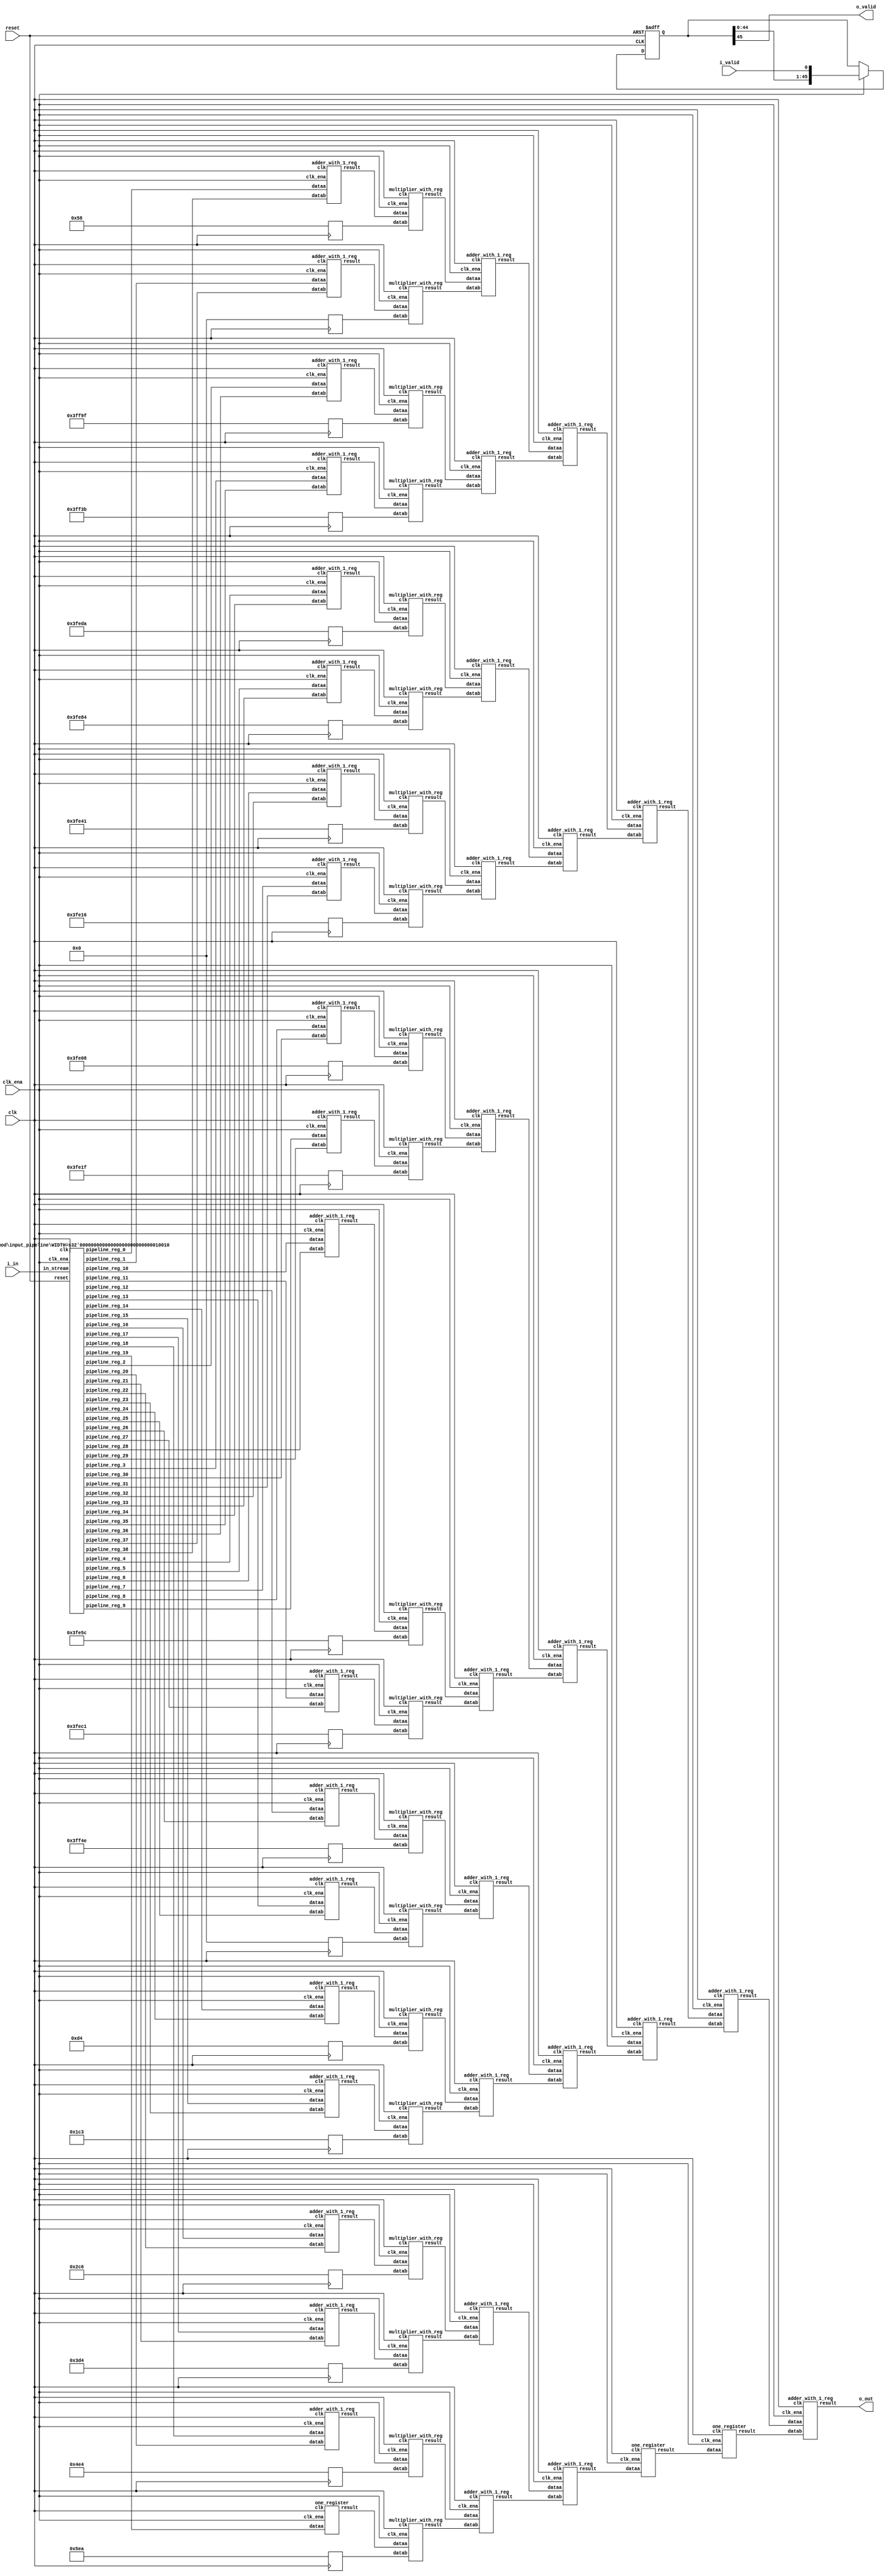
// CONFIG:
// NUM_COEFF = 39
// PIPLINED = 1

// WARNING: more than enough COEFFICIENTS in array (there are 26, and we only need 20)
module fir (
	clk,
	reset,
	clk_ena,
	i_valid,
	i_in,
	o_valid,
	o_out
);
	// Data Width
	parameter dw = 18; //Data input/output bits

	// Number of filter coefficients
	parameter N = 39;
	parameter N_UNIQ = 20; // ciel(N/2) assuming symmetric filter coefficients

	//Number of extra valid cycles needed to align output (i.e. computation pipeline depth + input/output registers
	localparam N_VALID_REGS = 46;

	input clk;
	input reset;
	input clk_ena;
	input i_valid;
	input [dw-1:0] i_in; // signed
	output o_valid;
	output [dw-1:0] o_out; // signed

	// Data Width dervied parameters
	localparam dw_add_int = 18; //Internal adder precision bits
	localparam dw_mult_int = 36; //Internal multiplier precision bits
	localparam scale_factor = 17; //Multiplier normalization shift amount

	// Number of extra registers in INPUT_PIPELINE_REG to prevent contention for CHAIN_END's chain adders
	localparam N_INPUT_REGS = 39;

	// Debug
	// initial begin
	// 	$display ("Data Width: %d", dw);
	// 	$display ("Data Width Add Internal: %d", dw_add_int);
	// 	$display ("Data Width Mult Internal: %d", dw_mult_int);
	// 	$display ("Scale Factor: %d", scale_factor);
	// end

	reg [dw-1:0] COEFFICIENT_0;
	reg [dw-1:0] COEFFICIENT_1;
	reg [dw-1:0] COEFFICIENT_2;
	reg [dw-1:0] COEFFICIENT_3;
	reg [dw-1:0] COEFFICIENT_4;
	reg [dw-1:0] COEFFICIENT_5;
	reg [dw-1:0] COEFFICIENT_6;
	reg [dw-1:0] COEFFICIENT_7;
	reg [dw-1:0] COEFFICIENT_8;
	reg [dw-1:0] COEFFICIENT_9;
	reg [dw-1:0] COEFFICIENT_10;
	reg [dw-1:0] COEFFICIENT_11;
	reg [dw-1:0] COEFFICIENT_12;
	reg [dw-1:0] COEFFICIENT_13;
	reg [dw-1:0] COEFFICIENT_14;
	reg [dw-1:0] COEFFICIENT_15;
	reg [dw-1:0] COEFFICIENT_16;
	reg [dw-1:0] COEFFICIENT_17;
	reg [dw-1:0] COEFFICIENT_18;
	reg [dw-1:0] COEFFICIENT_19;

	always@(posedge clk) begin
		COEFFICIENT_0 <= 18'd88;
		COEFFICIENT_1 <= 18'd0;
		COEFFICIENT_2 <= -18'd97;
		COEFFICIENT_3 <= -18'd197;
		COEFFICIENT_4 <= -18'd294;
		COEFFICIENT_5 <= -18'd380;
		COEFFICIENT_6 <= -18'd447;
		COEFFICIENT_7 <= -18'd490;
		COEFFICIENT_8 <= -18'd504;
		COEFFICIENT_9 <= -18'd481;
		COEFFICIENT_10 <= -18'd420;
		COEFFICIENT_11 <= -18'd319;
		COEFFICIENT_12 <= -18'd178;
		COEFFICIENT_13 <= 18'd0;
		COEFFICIENT_14 <= 18'd212;
		COEFFICIENT_15 <= 18'd451;
		COEFFICIENT_16 <= 18'd710;
		COEFFICIENT_17 <= 18'd980;
		COEFFICIENT_18 <= 18'd1252;
		COEFFICIENT_19 <= 18'd1514;
	end

	////******************************************************
	// *
	// * Valid Delay Pipeline
	// *
	// *****************************************************
	//Input valid signal is pipelined to become output valid signal

	//Valid registers
	reg [N_VALID_REGS-1:0] VALID_PIPELINE_REGS;

	always@(posedge clk or posedge reset) begin
		if(reset) begin
			VALID_PIPELINE_REGS <= 0;
		end else begin
			if(clk_ena) begin
				VALID_PIPELINE_REGS <= {VALID_PIPELINE_REGS[N_VALID_REGS-2:0], i_valid};
			end else begin
				VALID_PIPELINE_REGS <= VALID_PIPELINE_REGS;
			end
		end
	end

	////******************************************************
	// *
	// * Input Register Pipeline
	// *
	// *****************************************************
	//Pipelined input values

	//Input value registers

	wire [dw-1:0] INPUT_PIPELINE_REG_0;
	wire [dw-1:0] INPUT_PIPELINE_REG_1;
	wire [dw-1:0] INPUT_PIPELINE_REG_2;
	wire [dw-1:0] INPUT_PIPELINE_REG_3;
	wire [dw-1:0] INPUT_PIPELINE_REG_4;
	wire [dw-1:0] INPUT_PIPELINE_REG_5;
	wire [dw-1:0] INPUT_PIPELINE_REG_6;
	wire [dw-1:0] INPUT_PIPELINE_REG_7;
	wire [dw-1:0] INPUT_PIPELINE_REG_8;
	wire [dw-1:0] INPUT_PIPELINE_REG_9;
	wire [dw-1:0] INPUT_PIPELINE_REG_10;
	wire [dw-1:0] INPUT_PIPELINE_REG_11;
	wire [dw-1:0] INPUT_PIPELINE_REG_12;
	wire [dw-1:0] INPUT_PIPELINE_REG_13;
	wire [dw-1:0] INPUT_PIPELINE_REG_14;
	wire [dw-1:0] INPUT_PIPELINE_REG_15;
	wire [dw-1:0] INPUT_PIPELINE_REG_16;
	wire [dw-1:0] INPUT_PIPELINE_REG_17;
	wire [dw-1:0] INPUT_PIPELINE_REG_18;
	wire [dw-1:0] INPUT_PIPELINE_REG_19;
	wire [dw-1:0] INPUT_PIPELINE_REG_20;
	wire [dw-1:0] INPUT_PIPELINE_REG_21;
	wire [dw-1:0] INPUT_PIPELINE_REG_22;
	wire [dw-1:0] INPUT_PIPELINE_REG_23;
	wire [dw-1:0] INPUT_PIPELINE_REG_24;
	wire [dw-1:0] INPUT_PIPELINE_REG_25;
	wire [dw-1:0] INPUT_PIPELINE_REG_26;
	wire [dw-1:0] INPUT_PIPELINE_REG_27;
	wire [dw-1:0] INPUT_PIPELINE_REG_28;
	wire [dw-1:0] INPUT_PIPELINE_REG_29;
	wire [dw-1:0] INPUT_PIPELINE_REG_30;
	wire [dw-1:0] INPUT_PIPELINE_REG_31;
	wire [dw-1:0] INPUT_PIPELINE_REG_32;
	wire [dw-1:0] INPUT_PIPELINE_REG_33;
	wire [dw-1:0] INPUT_PIPELINE_REG_34;
	wire [dw-1:0] INPUT_PIPELINE_REG_35;
	wire [dw-1:0] INPUT_PIPELINE_REG_36;
	wire [dw-1:0] INPUT_PIPELINE_REG_37;
	wire [dw-1:0] INPUT_PIPELINE_REG_38;

	input_pipeline in_pipe(
		.clk(clk), .clk_ena(clk_ena),
		.in_stream(i_in),
		.pipeline_reg_0(INPUT_PIPELINE_REG_0),
		.pipeline_reg_1(INPUT_PIPELINE_REG_1),
		.pipeline_reg_2(INPUT_PIPELINE_REG_2),
		.pipeline_reg_3(INPUT_PIPELINE_REG_3),
		.pipeline_reg_4(INPUT_PIPELINE_REG_4),
		.pipeline_reg_5(INPUT_PIPELINE_REG_5),
		.pipeline_reg_6(INPUT_PIPELINE_REG_6),
		.pipeline_reg_7(INPUT_PIPELINE_REG_7),
		.pipeline_reg_8(INPUT_PIPELINE_REG_8),
		.pipeline_reg_9(INPUT_PIPELINE_REG_9),
		.pipeline_reg_10(INPUT_PIPELINE_REG_10),
		.pipeline_reg_11(INPUT_PIPELINE_REG_11),
		.pipeline_reg_12(INPUT_PIPELINE_REG_12),
		.pipeline_reg_13(INPUT_PIPELINE_REG_13),
		.pipeline_reg_14(INPUT_PIPELINE_REG_14),
		.pipeline_reg_15(INPUT_PIPELINE_REG_15),
		.pipeline_reg_16(INPUT_PIPELINE_REG_16),
		.pipeline_reg_17(INPUT_PIPELINE_REG_17),
		.pipeline_reg_18(INPUT_PIPELINE_REG_18),
		.pipeline_reg_19(INPUT_PIPELINE_REG_19),
		.pipeline_reg_20(INPUT_PIPELINE_REG_20),
		.pipeline_reg_21(INPUT_PIPELINE_REG_21),
		.pipeline_reg_22(INPUT_PIPELINE_REG_22),
		.pipeline_reg_23(INPUT_PIPELINE_REG_23),
		.pipeline_reg_24(INPUT_PIPELINE_REG_24),
		.pipeline_reg_25(INPUT_PIPELINE_REG_25),
		.pipeline_reg_26(INPUT_PIPELINE_REG_26),
		.pipeline_reg_27(INPUT_PIPELINE_REG_27),
		.pipeline_reg_28(INPUT_PIPELINE_REG_28),
		.pipeline_reg_29(INPUT_PIPELINE_REG_29),
		.pipeline_reg_30(INPUT_PIPELINE_REG_30),
		.pipeline_reg_31(INPUT_PIPELINE_REG_31),
		.pipeline_reg_32(INPUT_PIPELINE_REG_32),
		.pipeline_reg_33(INPUT_PIPELINE_REG_33),
		.pipeline_reg_34(INPUT_PIPELINE_REG_34),
		.pipeline_reg_35(INPUT_PIPELINE_REG_35),
		.pipeline_reg_36(INPUT_PIPELINE_REG_36),
		.pipeline_reg_37(INPUT_PIPELINE_REG_37),
		.pipeline_reg_38(INPUT_PIPELINE_REG_38),
		.reset(reset)	);
	defparam in_pipe.WIDTH = 18; // = dw
	////******************************************************
	// *
	// * Computation Pipeline
	// *
	// *****************************************************

	// ************************* LEVEL 0 *************************   
	wire [dw-1:0] L0_output_wires_0;
	wire [dw-1:0] L0_output_wires_1;
	wire [dw-1:0] L0_output_wires_2;
	wire [dw-1:0] L0_output_wires_3;
	wire [dw-1:0] L0_output_wires_4;
	wire [dw-1:0] L0_output_wires_5;
	wire [dw-1:0] L0_output_wires_6;
	wire [dw-1:0] L0_output_wires_7;
	wire [dw-1:0] L0_output_wires_8;
	wire [dw-1:0] L0_output_wires_9;
	wire [dw-1:0] L0_output_wires_10;
	wire [dw-1:0] L0_output_wires_11;
	wire [dw-1:0] L0_output_wires_12;
	wire [dw-1:0] L0_output_wires_13;
	wire [dw-1:0] L0_output_wires_14;
	wire [dw-1:0] L0_output_wires_15;
	wire [dw-1:0] L0_output_wires_16;
	wire [dw-1:0] L0_output_wires_17;
	wire [dw-1:0] L0_output_wires_18;
	wire [dw-1:0] L0_output_wires_19;

	adder_with_1_reg L0_adder_0and38(
		.clk(clk), .clk_ena(clk_ena),
		.dataa (INPUT_PIPELINE_REG_0),
		.datab (INPUT_PIPELINE_REG_38),
		.result(L0_output_wires_0)
	);

	adder_with_1_reg L0_adder_1and37(
		.clk(clk), .clk_ena(clk_ena),
		.dataa (INPUT_PIPELINE_REG_1),
		.datab (INPUT_PIPELINE_REG_37),
		.result(L0_output_wires_1)
	);

	adder_with_1_reg L0_adder_2and36(
		.clk(clk), .clk_ena(clk_ena),
		.dataa (INPUT_PIPELINE_REG_2),
		.datab (INPUT_PIPELINE_REG_36),
		.result(L0_output_wires_2)
	);

	adder_with_1_reg L0_adder_3and35(
		.clk(clk), .clk_ena(clk_ena),
		.dataa (INPUT_PIPELINE_REG_3),
		.datab (INPUT_PIPELINE_REG_35),
		.result(L0_output_wires_3)
	);

	adder_with_1_reg L0_adder_4and34(
		.clk(clk), .clk_ena(clk_ena),
		.dataa (INPUT_PIPELINE_REG_4),
		.datab (INPUT_PIPELINE_REG_34),
		.result(L0_output_wires_4)
	);

	adder_with_1_reg L0_adder_5and33(
		.clk(clk), .clk_ena(clk_ena),
		.dataa (INPUT_PIPELINE_REG_5),
		.datab (INPUT_PIPELINE_REG_33),
		.result(L0_output_wires_5)
	);

	adder_with_1_reg L0_adder_6and32(
		.clk(clk), .clk_ena(clk_ena),
		.dataa (INPUT_PIPELINE_REG_6),
		.datab (INPUT_PIPELINE_REG_32),
		.result(L0_output_wires_6)
	);

	adder_with_1_reg L0_adder_7and31(
		.clk(clk), .clk_ena(clk_ena),
		.dataa (INPUT_PIPELINE_REG_7),
		.datab (INPUT_PIPELINE_REG_31),
		.result(L0_output_wires_7)
	);

	adder_with_1_reg L0_adder_8and30(
		.clk(clk), .clk_ena(clk_ena),
		.dataa (INPUT_PIPELINE_REG_8),
		.datab (INPUT_PIPELINE_REG_30),
		.result(L0_output_wires_8)
	);

	adder_with_1_reg L0_adder_9and29(
		.clk(clk), .clk_ena(clk_ena),
		.dataa (INPUT_PIPELINE_REG_9),
		.datab (INPUT_PIPELINE_REG_29),
		.result(L0_output_wires_9)
	);

	adder_with_1_reg L0_adder_10and28(
		.clk(clk), .clk_ena(clk_ena),
		.dataa (INPUT_PIPELINE_REG_10),
		.datab (INPUT_PIPELINE_REG_28),
		.result(L0_output_wires_10)
	);

	adder_with_1_reg L0_adder_11and27(
		.clk(clk), .clk_ena(clk_ena),
		.dataa (INPUT_PIPELINE_REG_11),
		.datab (INPUT_PIPELINE_REG_27),
		.result(L0_output_wires_11)
	);

	adder_with_1_reg L0_adder_12and26(
		.clk(clk), .clk_ena(clk_ena),
		.dataa (INPUT_PIPELINE_REG_12),
		.datab (INPUT_PIPELINE_REG_26),
		.result(L0_output_wires_12)
	);

	adder_with_1_reg L0_adder_13and25(
		.clk(clk), .clk_ena(clk_ena),
		.dataa (INPUT_PIPELINE_REG_13),
		.datab (INPUT_PIPELINE_REG_25),
		.result(L0_output_wires_13)
	);

	adder_with_1_reg L0_adder_14and24(
		.clk(clk), .clk_ena(clk_ena),
		.dataa (INPUT_PIPELINE_REG_14),
		.datab (INPUT_PIPELINE_REG_24),
		.result(L0_output_wires_14)
	);

	adder_with_1_reg L0_adder_15and23(
		.clk(clk), .clk_ena(clk_ena),
		.dataa (INPUT_PIPELINE_REG_15),
		.datab (INPUT_PIPELINE_REG_23),
		.result(L0_output_wires_15)
	);

	adder_with_1_reg L0_adder_16and22(
		.clk(clk), .clk_ena(clk_ena),
		.dataa (INPUT_PIPELINE_REG_16),
		.datab (INPUT_PIPELINE_REG_22),
		.result(L0_output_wires_16)
	);

	adder_with_1_reg L0_adder_17and21(
		.clk(clk), .clk_ena(clk_ena),
		.dataa (INPUT_PIPELINE_REG_17),
		.datab (INPUT_PIPELINE_REG_21),
		.result(L0_output_wires_17)
	);

	adder_with_1_reg L0_adder_18and20(
		.clk(clk), .clk_ena(clk_ena),
		.dataa (INPUT_PIPELINE_REG_18),
		.datab (INPUT_PIPELINE_REG_20),
		.result(L0_output_wires_18)
	);

	// (19 main tree Adders)

	// ********* Byes ********   
	one_register L0_byereg_for_19(
		.clk(clk), .clk_ena(clk_ena),
		.dataa (INPUT_PIPELINE_REG_19),
		.result(L0_output_wires_19)
	);

	// (1 byes)

	// ************************* LEVEL 1 *************************   
	// **************** Multipliers ****************   
	wire [dw-1:0] L1_mult_wires_0;
	wire [dw-1:0] L1_mult_wires_1;
	wire [dw-1:0] L1_mult_wires_2;
	wire [dw-1:0] L1_mult_wires_3;
	wire [dw-1:0] L1_mult_wires_4;
	wire [dw-1:0] L1_mult_wires_5;
	wire [dw-1:0] L1_mult_wires_6;
	wire [dw-1:0] L1_mult_wires_7;
	wire [dw-1:0] L1_mult_wires_8;
	wire [dw-1:0] L1_mult_wires_9;
	wire [dw-1:0] L1_mult_wires_10;
	wire [dw-1:0] L1_mult_wires_11;
	wire [dw-1:0] L1_mult_wires_12;
	wire [dw-1:0] L1_mult_wires_13;
	wire [dw-1:0] L1_mult_wires_14;
	wire [dw-1:0] L1_mult_wires_15;
	wire [dw-1:0] L1_mult_wires_16;
	wire [dw-1:0] L1_mult_wires_17;
	wire [dw-1:0] L1_mult_wires_18;
	wire [dw-1:0] L1_mult_wires_19;

	multiplier_with_reg L1_mul_0(
		.clk(clk), .clk_ena(clk_ena),
		.dataa (L0_output_wires_0),
		.datab (COEFFICIENT_0),
		.result(L1_mult_wires_0)
	);

	multiplier_with_reg L1_mul_1(
		.clk(clk), .clk_ena(clk_ena),
		.dataa (L0_output_wires_1),
		.datab (COEFFICIENT_1),
		.result(L1_mult_wires_1)
	);

	multiplier_with_reg L1_mul_2(
		.clk(clk), .clk_ena(clk_ena),
		.dataa (L0_output_wires_2),
		.datab (COEFFICIENT_2),
		.result(L1_mult_wires_2)
	);

	multiplier_with_reg L1_mul_3(
		.clk(clk), .clk_ena(clk_ena),
		.dataa (L0_output_wires_3),
		.datab (COEFFICIENT_3),
		.result(L1_mult_wires_3)
	);

	multiplier_with_reg L1_mul_4(
		.clk(clk), .clk_ena(clk_ena),
		.dataa (L0_output_wires_4),
		.datab (COEFFICIENT_4),
		.result(L1_mult_wires_4)
	);

	multiplier_with_reg L1_mul_5(
		.clk(clk), .clk_ena(clk_ena),
		.dataa (L0_output_wires_5),
		.datab (COEFFICIENT_5),
		.result(L1_mult_wires_5)
	);

	multiplier_with_reg L1_mul_6(
		.clk(clk), .clk_ena(clk_ena),
		.dataa (L0_output_wires_6),
		.datab (COEFFICIENT_6),
		.result(L1_mult_wires_6)
	);

	multiplier_with_reg L1_mul_7(
		.clk(clk), .clk_ena(clk_ena),
		.dataa (L0_output_wires_7),
		.datab (COEFFICIENT_7),
		.result(L1_mult_wires_7)
	);

	multiplier_with_reg L1_mul_8(
		.clk(clk), .clk_ena(clk_ena),
		.dataa (L0_output_wires_8),
		.datab (COEFFICIENT_8),
		.result(L1_mult_wires_8)
	);

	multiplier_with_reg L1_mul_9(
		.clk(clk), .clk_ena(clk_ena),
		.dataa (L0_output_wires_9),
		.datab (COEFFICIENT_9),
		.result(L1_mult_wires_9)
	);

	multiplier_with_reg L1_mul_10(
		.clk(clk), .clk_ena(clk_ena),
		.dataa (L0_output_wires_10),
		.datab (COEFFICIENT_10),
		.result(L1_mult_wires_10)
	);

	multiplier_with_reg L1_mul_11(
		.clk(clk), .clk_ena(clk_ena),
		.dataa (L0_output_wires_11),
		.datab (COEFFICIENT_11),
		.result(L1_mult_wires_11)
	);

	multiplier_with_reg L1_mul_12(
		.clk(clk), .clk_ena(clk_ena),
		.dataa (L0_output_wires_12),
		.datab (COEFFICIENT_12),
		.result(L1_mult_wires_12)
	);

	multiplier_with_reg L1_mul_13(
		.clk(clk), .clk_ena(clk_ena),
		.dataa (L0_output_wires_13),
		.datab (COEFFICIENT_13),
		.result(L1_mult_wires_13)
	);

	multiplier_with_reg L1_mul_14(
		.clk(clk), .clk_ena(clk_ena),
		.dataa (L0_output_wires_14),
		.datab (COEFFICIENT_14),
		.result(L1_mult_wires_14)
	);

	multiplier_with_reg L1_mul_15(
		.clk(clk), .clk_ena(clk_ena),
		.dataa (L0_output_wires_15),
		.datab (COEFFICIENT_15),
		.result(L1_mult_wires_15)
	);

	multiplier_with_reg L1_mul_16(
		.clk(clk), .clk_ena(clk_ena),
		.dataa (L0_output_wires_16),
		.datab (COEFFICIENT_16),
		.result(L1_mult_wires_16)
	);

	multiplier_with_reg L1_mul_17(
		.clk(clk), .clk_ena(clk_ena),
		.dataa (L0_output_wires_17),
		.datab (COEFFICIENT_17),
		.result(L1_mult_wires_17)
	);

	multiplier_with_reg L1_mul_18(
		.clk(clk), .clk_ena(clk_ena),
		.dataa (L0_output_wires_18),
		.datab (COEFFICIENT_18),
		.result(L1_mult_wires_18)
	);

	multiplier_with_reg L1_mul_19(
		.clk(clk), .clk_ena(clk_ena),
		.dataa (L0_output_wires_19),
		.datab (COEFFICIENT_19),
		.result(L1_mult_wires_19)
	);

	// (20 Multipliers)

	// **************** Adders ****************   
	wire [dw-1:0] L1_output_wires_0;
	wire [dw-1:0] L1_output_wires_1;
	wire [dw-1:0] L1_output_wires_2;
	wire [dw-1:0] L1_output_wires_3;
	wire [dw-1:0] L1_output_wires_4;
	wire [dw-1:0] L1_output_wires_5;
	wire [dw-1:0] L1_output_wires_6;
	wire [dw-1:0] L1_output_wires_7;
	wire [dw-1:0] L1_output_wires_8;
	wire [dw-1:0] L1_output_wires_9;

	adder_with_1_reg L1_adder_0and1(
		.clk(clk), .clk_ena(clk_ena),
		.dataa (L1_mult_wires_0),
		.datab (L1_mult_wires_1),
		.result(L1_output_wires_0)
	);

	adder_with_1_reg L1_adder_2and3(
		.clk(clk), .clk_ena(clk_ena),
		.dataa (L1_mult_wires_2),
		.datab (L1_mult_wires_3),
		.result(L1_output_wires_1)
	);

	adder_with_1_reg L1_adder_4and5(
		.clk(clk), .clk_ena(clk_ena),
		.dataa (L1_mult_wires_4),
		.datab (L1_mult_wires_5),
		.result(L1_output_wires_2)
	);

	adder_with_1_reg L1_adder_6and7(
		.clk(clk), .clk_ena(clk_ena),
		.dataa (L1_mult_wires_6),
		.datab (L1_mult_wires_7),
		.result(L1_output_wires_3)
	);

	adder_with_1_reg L1_adder_8and9(
		.clk(clk), .clk_ena(clk_ena),
		.dataa (L1_mult_wires_8),
		.datab (L1_mult_wires_9),
		.result(L1_output_wires_4)
	);

	adder_with_1_reg L1_adder_10and11(
		.clk(clk), .clk_ena(clk_ena),
		.dataa (L1_mult_wires_10),
		.datab (L1_mult_wires_11),
		.result(L1_output_wires_5)
	);

	adder_with_1_reg L1_adder_12and13(
		.clk(clk), .clk_ena(clk_ena),
		.dataa (L1_mult_wires_12),
		.datab (L1_mult_wires_13),
		.result(L1_output_wires_6)
	);

	adder_with_1_reg L1_adder_14and15(
		.clk(clk), .clk_ena(clk_ena),
		.dataa (L1_mult_wires_14),
		.datab (L1_mult_wires_15),
		.result(L1_output_wires_7)
	);

	adder_with_1_reg L1_adder_16and17(
		.clk(clk), .clk_ena(clk_ena),
		.dataa (L1_mult_wires_16),
		.datab (L1_mult_wires_17),
		.result(L1_output_wires_8)
	);

	adder_with_1_reg L1_adder_18and19(
		.clk(clk), .clk_ena(clk_ena),
		.dataa (L1_mult_wires_18),
		.datab (L1_mult_wires_19),
		.result(L1_output_wires_9)
	);

	// (10 main tree Adders)

	// ************************* LEVEL 2 *************************   
	wire [dw-1:0] L2_output_wires_0;
	wire [dw-1:0] L2_output_wires_1;
	wire [dw-1:0] L2_output_wires_2;
	wire [dw-1:0] L2_output_wires_3;
	wire [dw-1:0] L2_output_wires_4;

	adder_with_1_reg L2_adder_0and1(
		.clk(clk), .clk_ena(clk_ena),
		.dataa (L1_output_wires_0),
		.datab (L1_output_wires_1),
		.result(L2_output_wires_0)
	);

	adder_with_1_reg L2_adder_2and3(
		.clk(clk), .clk_ena(clk_ena),
		.dataa (L1_output_wires_2),
		.datab (L1_output_wires_3),
		.result(L2_output_wires_1)
	);

	adder_with_1_reg L2_adder_4and5(
		.clk(clk), .clk_ena(clk_ena),
		.dataa (L1_output_wires_4),
		.datab (L1_output_wires_5),
		.result(L2_output_wires_2)
	);

	adder_with_1_reg L2_adder_6and7(
		.clk(clk), .clk_ena(clk_ena),
		.dataa (L1_output_wires_6),
		.datab (L1_output_wires_7),
		.result(L2_output_wires_3)
	);

	adder_with_1_reg L2_adder_8and9(
		.clk(clk), .clk_ena(clk_ena),
		.dataa (L1_output_wires_8),
		.datab (L1_output_wires_9),
		.result(L2_output_wires_4)
	);

	// (5 main tree Adders)

	// ************************* LEVEL 3 *************************   
	wire [dw-1:0] L3_output_wires_0;
	wire [dw-1:0] L3_output_wires_1;
	wire [dw-1:0] L3_output_wires_2;

	adder_with_1_reg L3_adder_0and1(
		.clk(clk), .clk_ena(clk_ena),
		.dataa (L2_output_wires_0),
		.datab (L2_output_wires_1),
		.result(L3_output_wires_0)
	);

	adder_with_1_reg L3_adder_2and3(
		.clk(clk), .clk_ena(clk_ena),
		.dataa (L2_output_wires_2),
		.datab (L2_output_wires_3),
		.result(L3_output_wires_1)
	);

	// (2 main tree Adders)

	// ********* Byes ********   
	one_register L3_byereg_for_4(
		.clk(clk), .clk_ena(clk_ena),
		.dataa (L2_output_wires_4),
		.result(L3_output_wires_2)
	);

	// (1 byes)

	// ************************* LEVEL 4 *************************   
	wire [dw-1:0] L4_output_wires_0;
	wire [dw-1:0] L4_output_wires_1;

	adder_with_1_reg L4_adder_0and1(
		.clk(clk), .clk_ena(clk_ena),
		.dataa (L3_output_wires_0),
		.datab (L3_output_wires_1),
		.result(L4_output_wires_0)
	);

	// (1 main tree Adders)

	// ********* Byes ********   
	one_register L4_byereg_for_2(
		.clk(clk), .clk_ena(clk_ena),
		.dataa (L3_output_wires_2),
		.result(L4_output_wires_1)
	);

	// (1 byes)

	// ************************* LEVEL 5 *************************   
	wire [dw-1:0] L5_output_wires_0;

	adder_with_1_reg L5_adder_0and1(
		.clk(clk), .clk_ena(clk_ena),
		.dataa (L4_output_wires_0),
		.datab (L4_output_wires_1),
		.result(L5_output_wires_0)
	);

	// (1 main tree Adders)

	////******************************************************
	// *
	// * Output Logic
	// *
	// *****************************************************
	//Actual outputs
	assign o_out = L5_output_wires_0;

	assign o_valid = VALID_PIPELINE_REGS[N_VALID_REGS-1];

endmodule


module input_pipeline (
	clk,
	clk_ena,
	in_stream,
	pipeline_reg_0,
	pipeline_reg_1,
	pipeline_reg_2,
	pipeline_reg_3,
	pipeline_reg_4,
	pipeline_reg_5,
	pipeline_reg_6,
	pipeline_reg_7,
	pipeline_reg_8,
	pipeline_reg_9,
	pipeline_reg_10,
	pipeline_reg_11,
	pipeline_reg_12,
	pipeline_reg_13,
	pipeline_reg_14,
	pipeline_reg_15,
	pipeline_reg_16,
	pipeline_reg_17,
	pipeline_reg_18,
	pipeline_reg_19,
	pipeline_reg_20,
	pipeline_reg_21,
	pipeline_reg_22,
	pipeline_reg_23,
	pipeline_reg_24,
	pipeline_reg_25,
	pipeline_reg_26,
	pipeline_reg_27,
	pipeline_reg_28,
	pipeline_reg_29,
	pipeline_reg_30,
	pipeline_reg_31,
	pipeline_reg_32,
	pipeline_reg_33,
	pipeline_reg_34,
	pipeline_reg_35,
	pipeline_reg_36,
	pipeline_reg_37,
	pipeline_reg_38,
	reset);
	parameter WIDTH = 1;
	//Input value registers
	input clk;
	input clk_ena;
	input [WIDTH-1:0] in_stream;
	output [WIDTH-1:0] pipeline_reg_0;
	output [WIDTH-1:0] pipeline_reg_1;
	output [WIDTH-1:0] pipeline_reg_2;
	output [WIDTH-1:0] pipeline_reg_3;
	output [WIDTH-1:0] pipeline_reg_4;
	output [WIDTH-1:0] pipeline_reg_5;
	output [WIDTH-1:0] pipeline_reg_6;
	output [WIDTH-1:0] pipeline_reg_7;
	output [WIDTH-1:0] pipeline_reg_8;
	output [WIDTH-1:0] pipeline_reg_9;
	output [WIDTH-1:0] pipeline_reg_10;
	output [WIDTH-1:0] pipeline_reg_11;
	output [WIDTH-1:0] pipeline_reg_12;
	output [WIDTH-1:0] pipeline_reg_13;
	output [WIDTH-1:0] pipeline_reg_14;
	output [WIDTH-1:0] pipeline_reg_15;
	output [WIDTH-1:0] pipeline_reg_16;
	output [WIDTH-1:0] pipeline_reg_17;
	output [WIDTH-1:0] pipeline_reg_18;
	output [WIDTH-1:0] pipeline_reg_19;
	output [WIDTH-1:0] pipeline_reg_20;
	output [WIDTH-1:0] pipeline_reg_21;
	output [WIDTH-1:0] pipeline_reg_22;
	output [WIDTH-1:0] pipeline_reg_23;
	output [WIDTH-1:0] pipeline_reg_24;
	output [WIDTH-1:0] pipeline_reg_25;
	output [WIDTH-1:0] pipeline_reg_26;
	output [WIDTH-1:0] pipeline_reg_27;
	output [WIDTH-1:0] pipeline_reg_28;
	output [WIDTH-1:0] pipeline_reg_29;
	output [WIDTH-1:0] pipeline_reg_30;
	output [WIDTH-1:0] pipeline_reg_31;
	output [WIDTH-1:0] pipeline_reg_32;
	output [WIDTH-1:0] pipeline_reg_33;
	output [WIDTH-1:0] pipeline_reg_34;
	output [WIDTH-1:0] pipeline_reg_35;
	output [WIDTH-1:0] pipeline_reg_36;
	output [WIDTH-1:0] pipeline_reg_37;
	output [WIDTH-1:0] pipeline_reg_38;
	reg [WIDTH-1:0] pipeline_reg_0;
	reg [WIDTH-1:0] pipeline_reg_1;
	reg [WIDTH-1:0] pipeline_reg_2;
	reg [WIDTH-1:0] pipeline_reg_3;
	reg [WIDTH-1:0] pipeline_reg_4;
	reg [WIDTH-1:0] pipeline_reg_5;
	reg [WIDTH-1:0] pipeline_reg_6;
	reg [WIDTH-1:0] pipeline_reg_7;
	reg [WIDTH-1:0] pipeline_reg_8;
	reg [WIDTH-1:0] pipeline_reg_9;
	reg [WIDTH-1:0] pipeline_reg_10;
	reg [WIDTH-1:0] pipeline_reg_11;
	reg [WIDTH-1:0] pipeline_reg_12;
	reg [WIDTH-1:0] pipeline_reg_13;
	reg [WIDTH-1:0] pipeline_reg_14;
	reg [WIDTH-1:0] pipeline_reg_15;
	reg [WIDTH-1:0] pipeline_reg_16;
	reg [WIDTH-1:0] pipeline_reg_17;
	reg [WIDTH-1:0] pipeline_reg_18;
	reg [WIDTH-1:0] pipeline_reg_19;
	reg [WIDTH-1:0] pipeline_reg_20;
	reg [WIDTH-1:0] pipeline_reg_21;
	reg [WIDTH-1:0] pipeline_reg_22;
	reg [WIDTH-1:0] pipeline_reg_23;
	reg [WIDTH-1:0] pipeline_reg_24;
	reg [WIDTH-1:0] pipeline_reg_25;
	reg [WIDTH-1:0] pipeline_reg_26;
	reg [WIDTH-1:0] pipeline_reg_27;
	reg [WIDTH-1:0] pipeline_reg_28;
	reg [WIDTH-1:0] pipeline_reg_29;
	reg [WIDTH-1:0] pipeline_reg_30;
	reg [WIDTH-1:0] pipeline_reg_31;
	reg [WIDTH-1:0] pipeline_reg_32;
	reg [WIDTH-1:0] pipeline_reg_33;
	reg [WIDTH-1:0] pipeline_reg_34;
	reg [WIDTH-1:0] pipeline_reg_35;
	reg [WIDTH-1:0] pipeline_reg_36;
	reg [WIDTH-1:0] pipeline_reg_37;
	reg [WIDTH-1:0] pipeline_reg_38;
	input reset;

	always@(posedge clk or posedge reset) begin
		if(reset) begin
			pipeline_reg_0 <= 0;
			pipeline_reg_1 <= 0;
			pipeline_reg_2 <= 0;
			pipeline_reg_3 <= 0;
			pipeline_reg_4 <= 0;
			pipeline_reg_5 <= 0;
			pipeline_reg_6 <= 0;
			pipeline_reg_7 <= 0;
			pipeline_reg_8 <= 0;
			pipeline_reg_9 <= 0;
			pipeline_reg_10 <= 0;
			pipeline_reg_11 <= 0;
			pipeline_reg_12 <= 0;
			pipeline_reg_13 <= 0;
			pipeline_reg_14 <= 0;
			pipeline_reg_15 <= 0;
			pipeline_reg_16 <= 0;
			pipeline_reg_17 <= 0;
			pipeline_reg_18 <= 0;
			pipeline_reg_19 <= 0;
			pipeline_reg_20 <= 0;
			pipeline_reg_21 <= 0;
			pipeline_reg_22 <= 0;
			pipeline_reg_23 <= 0;
			pipeline_reg_24 <= 0;
			pipeline_reg_25 <= 0;
			pipeline_reg_26 <= 0;
			pipeline_reg_27 <= 0;
			pipeline_reg_28 <= 0;
			pipeline_reg_29 <= 0;
			pipeline_reg_30 <= 0;
			pipeline_reg_31 <= 0;
			pipeline_reg_32 <= 0;
			pipeline_reg_33 <= 0;
			pipeline_reg_34 <= 0;
			pipeline_reg_35 <= 0;
			pipeline_reg_36 <= 0;
			pipeline_reg_37 <= 0;
			pipeline_reg_38 <= 0;
		end else begin
			if(clk_ena) begin
				pipeline_reg_0 <= in_stream;
				pipeline_reg_1 <= pipeline_reg_0;
				pipeline_reg_2 <= pipeline_reg_1;
				pipeline_reg_3 <= pipeline_reg_2;
				pipeline_reg_4 <= pipeline_reg_3;
				pipeline_reg_5 <= pipeline_reg_4;
				pipeline_reg_6 <= pipeline_reg_5;
				pipeline_reg_7 <= pipeline_reg_6;
				pipeline_reg_8 <= pipeline_reg_7;
				pipeline_reg_9 <= pipeline_reg_8;
				pipeline_reg_10 <= pipeline_reg_9;
				pipeline_reg_11 <= pipeline_reg_10;
				pipeline_reg_12 <= pipeline_reg_11;
				pipeline_reg_13 <= pipeline_reg_12;
				pipeline_reg_14 <= pipeline_reg_13;
				pipeline_reg_15 <= pipeline_reg_14;
				pipeline_reg_16 <= pipeline_reg_15;
				pipeline_reg_17 <= pipeline_reg_16;
				pipeline_reg_18 <= pipeline_reg_17;
				pipeline_reg_19 <= pipeline_reg_18;
				pipeline_reg_20 <= pipeline_reg_19;
				pipeline_reg_21 <= pipeline_reg_20;
				pipeline_reg_22 <= pipeline_reg_21;
				pipeline_reg_23 <= pipeline_reg_22;
				pipeline_reg_24 <= pipeline_reg_23;
				pipeline_reg_25 <= pipeline_reg_24;
				pipeline_reg_26 <= pipeline_reg_25;
				pipeline_reg_27 <= pipeline_reg_26;
				pipeline_reg_28 <= pipeline_reg_27;
				pipeline_reg_29 <= pipeline_reg_28;
				pipeline_reg_30 <= pipeline_reg_29;
				pipeline_reg_31 <= pipeline_reg_30;
				pipeline_reg_32 <= pipeline_reg_31;
				pipeline_reg_33 <= pipeline_reg_32;
				pipeline_reg_34 <= pipeline_reg_33;
				pipeline_reg_35 <= pipeline_reg_34;
				pipeline_reg_36 <= pipeline_reg_35;
				pipeline_reg_37 <= pipeline_reg_36;
				pipeline_reg_38 <= pipeline_reg_37;
			end //else begin
				//pipeline_reg_0 <= pipeline_reg_0;
				//pipeline_reg_1 <= pipeline_reg_1;
				//pipeline_reg_2 <= pipeline_reg_2;
				//pipeline_reg_3 <= pipeline_reg_3;
				//pipeline_reg_4 <= pipeline_reg_4;
				//pipeline_reg_5 <= pipeline_reg_5;
				//pipeline_reg_6 <= pipeline_reg_6;
				//pipeline_reg_7 <= pipeline_reg_7;
				//pipeline_reg_8 <= pipeline_reg_8;
				//pipeline_reg_9 <= pipeline_reg_9;
				//pipeline_reg_10 <= pipeline_reg_10;
				//pipeline_reg_11 <= pipeline_reg_11;
				//pipeline_reg_12 <= pipeline_reg_12;
				//pipeline_reg_13 <= pipeline_reg_13;
				//pipeline_reg_14 <= pipeline_reg_14;
				//pipeline_reg_15 <= pipeline_reg_15;
				//pipeline_reg_16 <= pipeline_reg_16;
				//pipeline_reg_17 <= pipeline_reg_17;
				//pipeline_reg_18 <= pipeline_reg_18;
				//pipeline_reg_19 <= pipeline_reg_19;
				//pipeline_reg_20 <= pipeline_reg_20;
				//pipeline_reg_21 <= pipeline_reg_21;
				//pipeline_reg_22 <= pipeline_reg_22;
				//pipeline_reg_23 <= pipeline_reg_23;
				//pipeline_reg_24 <= pipeline_reg_24;
				//pipeline_reg_25 <= pipeline_reg_25;
				//pipeline_reg_26 <= pipeline_reg_26;
				//pipeline_reg_27 <= pipeline_reg_27;
				//pipeline_reg_28 <= pipeline_reg_28;
				//pipeline_reg_29 <= pipeline_reg_29;
				//pipeline_reg_30 <= pipeline_reg_30;
				//pipeline_reg_31 <= pipeline_reg_31;
				//pipeline_reg_32 <= pipeline_reg_32;
				//pipeline_reg_33 <= pipeline_reg_33;
				//pipeline_reg_34 <= pipeline_reg_34;
				//pipeline_reg_35 <= pipeline_reg_35;
				//pipeline_reg_36 <= pipeline_reg_36;
				//pipeline_reg_37 <= pipeline_reg_37;
				//pipeline_reg_38 <= pipeline_reg_38;
			//end
		end
	end
endmodule


module adder_with_1_reg (
	clk,
	clk_ena,
	dataa,
	datab,
	result);

	input	  clk;
	input	  clk_ena;
	input	[17:0]  dataa;
	input	[17:0]  datab;
	output	[17:0]  result;

	reg     [17:0]  result;

	always @(posedge clk) begin
		if(clk_ena) begin
			result <= dataa + datab;
		end
	end

endmodule


module multiplier_with_reg (
	clk,
	clk_ena,
	dataa,
	datab,
	result);

	input	  clk;
	input	  clk_ena;
	input	[17:0]  dataa;
	input	[17:0]  datab;
	output	[17:0]  result;

	reg     [17:0]  result;

	always @(posedge clk) begin
		if(clk_ena) begin
			result <= dataa * datab;
		end
	end

endmodule


module one_register (
	clk,
	clk_ena,
	dataa,
	result);

	input	  clk;
	input	  clk_ena;
	input	[17:0]  dataa;
	output	[17:0]  result;

	reg     [17:0]  result;

	always @(posedge clk) begin
		if(clk_ena) begin
			result <= dataa;
		end
	end

endmodule